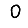
Digit: 0